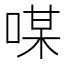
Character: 㖼